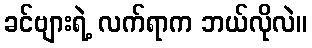
ခင်ဗျားရဲ့ လက်ရာက ဘယ်လိုလဲ။